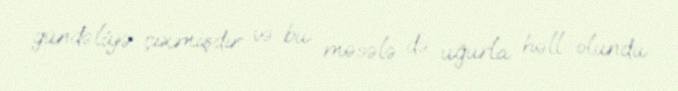
gündəliyə çıxmışdır və bu məsələ də uğurla həll olundu.